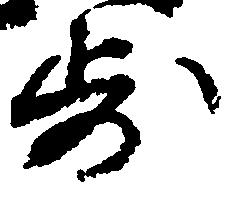
歩